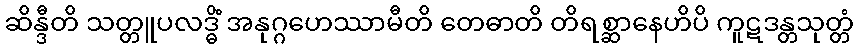
ဆိန္ဒီတိ သတ္တူပလဒ္ဓိံ အနုဂ္ဂဟေဿာမီတိ တေဓာတိ တိရစ္ဆာနေဟိပိ ကူဋဒန္တသုတ္တံ